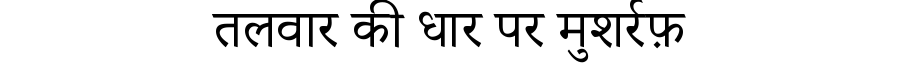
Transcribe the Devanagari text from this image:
तलवार की धार पर मुशर्रफ़